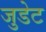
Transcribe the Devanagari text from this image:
जुडेट